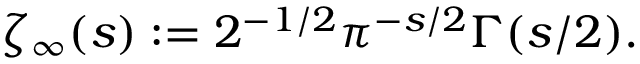
\zeta _ { \infty } ( s ) : = 2 ^ { - 1 / 2 } \pi ^ { - s / 2 } \Gamma ( s / 2 ) .